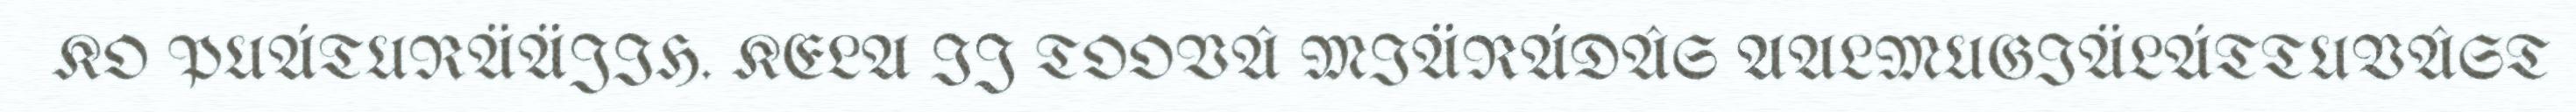
KO PUÁTURÄÄJIH. KELA IJ TOOVÂ MIÄRÁDÂS AALMUGIÄLÁTTUVÂST